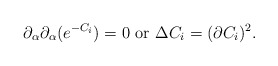
\begin{align*}\partial _{\alpha}\partial _{\alpha}(e^{ -C_{i}} )=0~\mbox{or}~ \Delta C_i=(\partial C_i)^{2}. \end{align*}